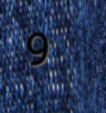
9